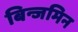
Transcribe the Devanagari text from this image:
बिन्जमिन